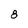
Character: 8